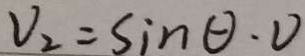
V _ { 2 } = \sin \theta \cdot D